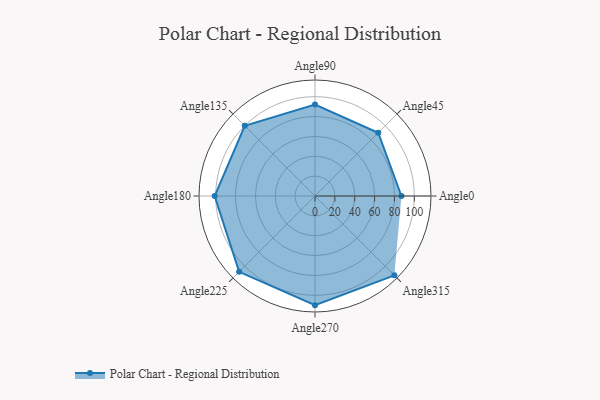
{"axis": {"x": "Angle", "y": "Radius"}, "legend": [""], "data": [{"x": "Angle0", "y": 87.0, "type": ""}, {"x": "Angle45", "y": 90.0, "type": ""}, {"x": "Angle90", "y": 92.0, "type": ""}, {"x": "Angle135", "y": 100.0, "type": ""}, {"x": "Angle180", "y": 101.0, "type": ""}, {"x": "Angle225", "y": 108.0, "type": ""}, {"x": "Angle270", "y": 110.0, "type": ""}, {"x": "Angle315", "y": 113.0, "type": ""}]}